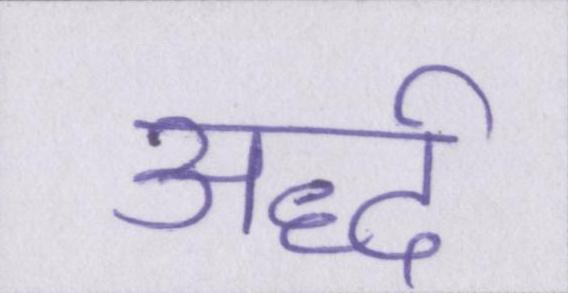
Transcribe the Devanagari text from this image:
अर्द्ध